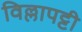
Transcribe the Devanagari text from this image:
विल्लापट्टी